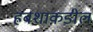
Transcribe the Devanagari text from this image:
हबशाकडील